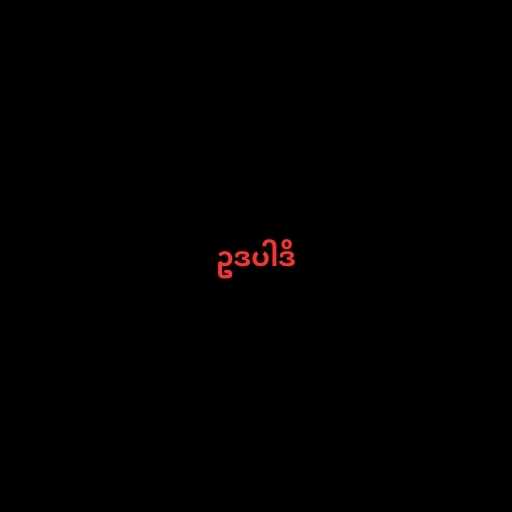
ဥဒပါဒိ